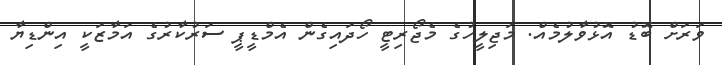
ވަރަށް ބޮޑު އޮޅުވާލުމެއް. މަޖިލީހުގެ މެޖޯރިޓީ ހޯދައިގެން އެމްޑީޕީ ސަރުކާރުގެ އަމާޒަކީ އިންޑިޔާ